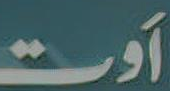
اَوت